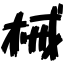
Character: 械